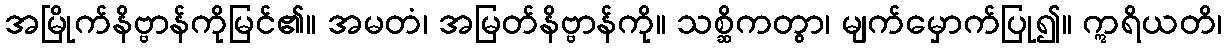
အမြိုက်နိဗ္ဗာန်ကိုမြင်၏။ အမတံ၊ အမြတ်နိဗ္ဗာန်ကို။ သစ္ဆိကတွာ၊ မျက်မှောက်ပြု၍။ ဣရိယတိ၊